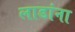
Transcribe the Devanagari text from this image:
लाडांना